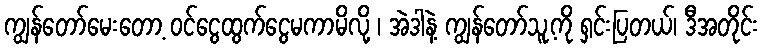
ကျွန်တော်မေးတော့ ဝင်ငွေထွက်ငွေမကာမိလို့ ၊ အဲဒါနဲ့ ကျွန်တော်သူ့ကို ရှင်းပြတယ်၊ ဒီအတိုင်း